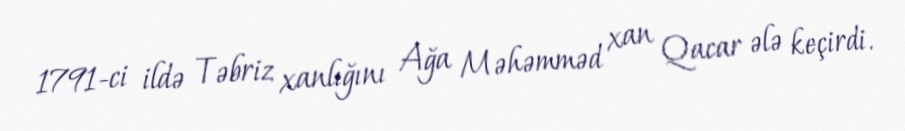
1791-ci ildə Təbriz xanlığını Ağa Məhəmməd xan Qacar ələ keçirdi.